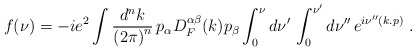
\begin{align*}f(\nu)=-ie^2 \int \frac{d^nk}{{(2\pi)}^n}\,p_{\alpha}D_{F}^{\alpha \beta}(k)p_{\beta}\int_0^{\nu} d\nu '\, \int_0^{\nu '} d\nu ''\, e^{i\nu ''(k.p)} \,\,.\end{align*}